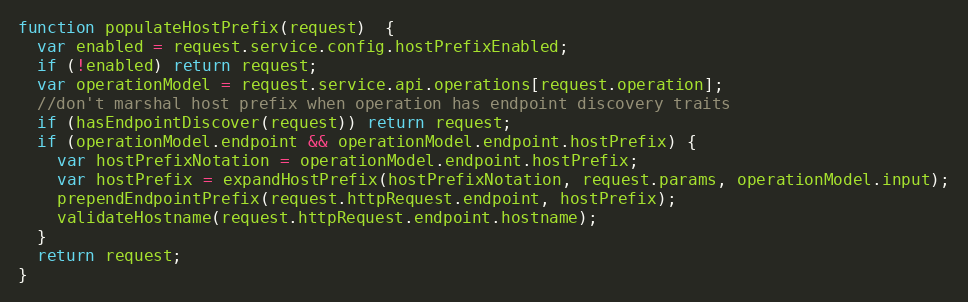
Language: JavaScript
function populateHostPrefix(request)  {
  var enabled = request.service.config.hostPrefixEnabled;
  if (!enabled) return request;
  var operationModel = request.service.api.operations[request.operation];
  //don't marshal host prefix when operation has endpoint discovery traits
  if (hasEndpointDiscover(request)) return request;
  if (operationModel.endpoint && operationModel.endpoint.hostPrefix) {
    var hostPrefixNotation = operationModel.endpoint.hostPrefix;
    var hostPrefix = expandHostPrefix(hostPrefixNotation, request.params, operationModel.input);
    prependEndpointPrefix(request.httpRequest.endpoint, hostPrefix);
    validateHostname(request.httpRequest.endpoint.hostname);
  }
  return request;
}